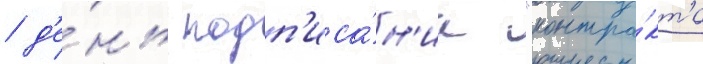
/ д'е́нь подп'иса́н'иа "контра́кта